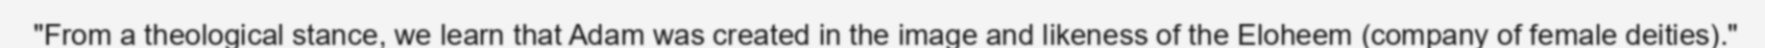
"From a theological stance, we learn that Adam was created in the image and likeness of the Eloheem (company of female deities)."